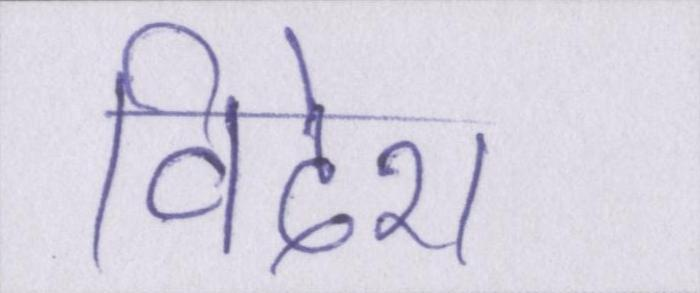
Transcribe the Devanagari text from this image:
विदेश